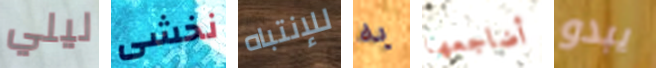
ليلي نخشى للإنتباه به أضاجعها يبدو